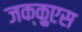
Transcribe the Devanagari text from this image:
जक्क़ुएस